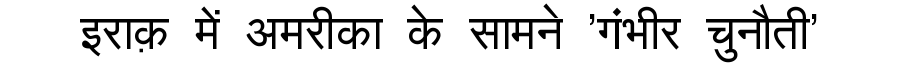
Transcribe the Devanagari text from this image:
इराक़ में अमरीका के सामने 'गंभीर चुनौती'